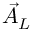
\vec { A } _ { L }